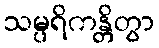
သမ္ပရိကန္တိတွာ